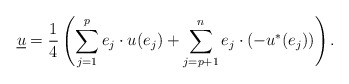
\begin{align*}\underline{u}=\frac{1}{4}\left(\sum_{j=1}^pe_j\cdot u(e_j)+\sum_{j=p+1}^ne_j\cdot (-u^*(e_j))\right).\end{align*}